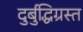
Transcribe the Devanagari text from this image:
दुर्बुद्धिग्रस्त